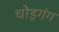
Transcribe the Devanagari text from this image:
चोड़गंग